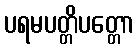
ပရမပတ္တိပတ္တော